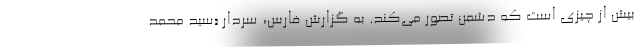
بیش از چیزی است که دشمن تصور می‌کند. به گزارش فارس، سردار «سید محمد